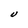
Character: U